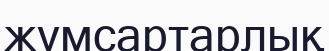
жұмсартарлық